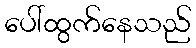
ပေါ်ထွက်နေသည်